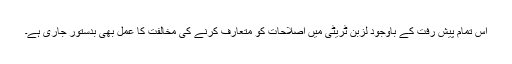
اس تمام پیش رفت کے باوجود لزبن ٹریٹی میں اصلاحات کو متعارف کرنے کی مخالفت کا عمل بھی بدستور جاری ہے۔